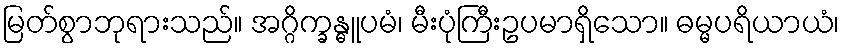
မြတ်စွာဘုရားသည်။ အဂ္ဂိက္ခန္ဓူပမံ၊ မီးပုံကြီးဥပမာရှိသော။ ဓမ္မပရိယာယံ၊